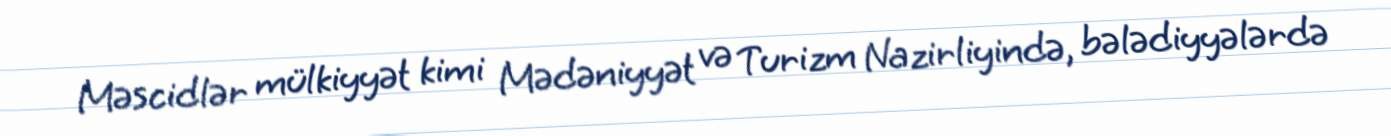
Məscidlər mülkiyyət kimi Mədəniyyət və Turizm Nazirliyində, bələdiyyələrdə